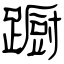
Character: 蹰